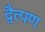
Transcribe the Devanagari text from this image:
द्वैत्पण